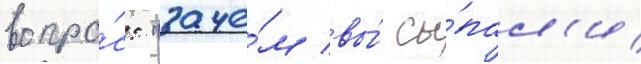
вопро́с: "заче́м вы́ сы́пал'и